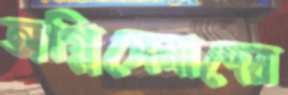
অগ্নিসেনাদের